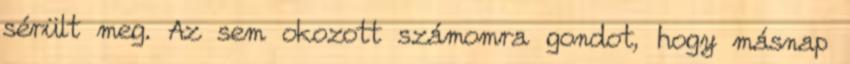
sérült meg. Az sem okozott számomra gondot, hogy másnap